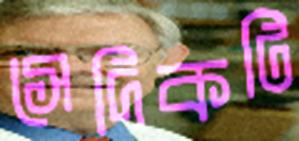
সেদিকটি